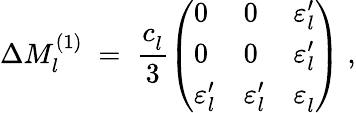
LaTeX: \Delta M_{l}^{(1)}\; =\; \frac{c_{l}^{~}}{3}\left(\begin{array}{lll}{{0}}&{{0}}&{{\varepsilon_{l}^{\prime}}}\\ {{0}}&{{0}}&{{\varepsilon_{l}^{\prime}}}\\ {{\varepsilon_{l}^{\prime}}}&{{\varepsilon_{l}^{\prime}}}&{{\varepsilon_{l}^{~}}}\end{array}\right)\; ,